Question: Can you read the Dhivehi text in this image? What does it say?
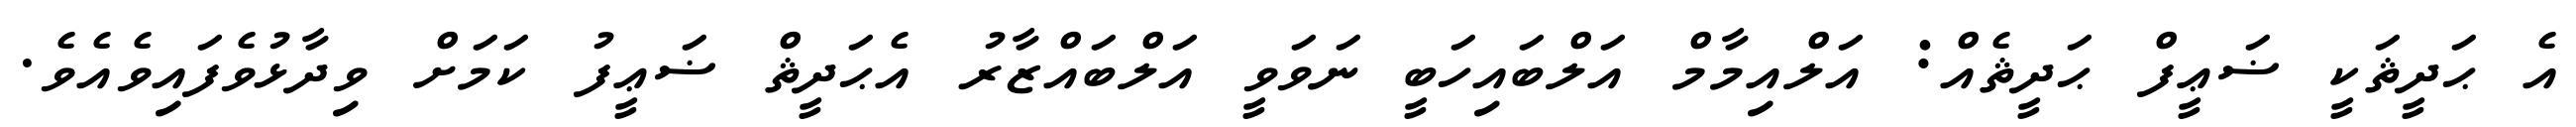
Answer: އެ ޙަދީޘަކީ ޟަޢީފް ޙަދީޘެއް: އަލްއިމާމް އަލްބައިހަބީ ނަވަވީ އަލްބައްޒާރު އެޙަދީޘް ޟަޢީފު ކަމަށް ވިދާޅުވެފައިވެއެވެ.